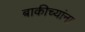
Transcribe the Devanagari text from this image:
बाकीच्यांना